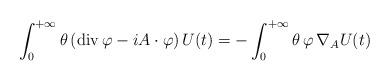
LaTeX: \begin{align*} \int_0^{+\infty} \theta \,(\operatorname{div} \varphi - iA \cdot \varphi) \, U (t) = -\int_0^{+\infty} \theta \, \varphi \, \nabla_A U (t) \end{align*}